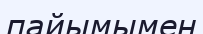
пайымымен